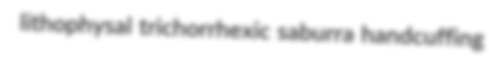
lithophysal trichorrhexic saburra handcuffing